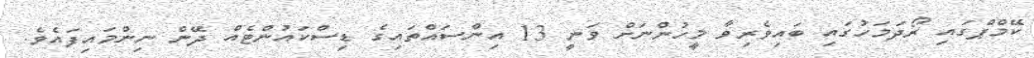
ކޭމްޕްގައި ރޯދަމަހުގައި ބައިވެރިވާ މީހުންނަށް ވަނީ 13 އިންސައްތައިގެ ޑިސްކައުންޓެއް ދޭން ނިންމައިފައެވެ.